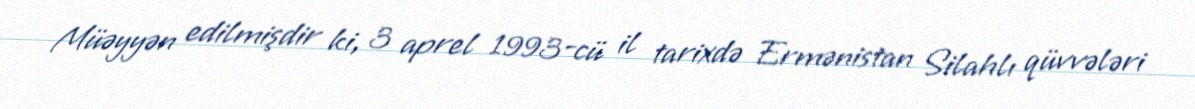
Müəyyən edilmişdir ki, 3 aprel 1993-cü il tarixdə Ermənistan Silahlı qüvvələri